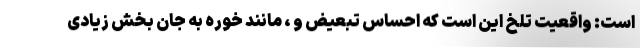
است: واقعیت تلخ این است که احساس تبعیض و ، مانند خوره به جان بخش زیادی